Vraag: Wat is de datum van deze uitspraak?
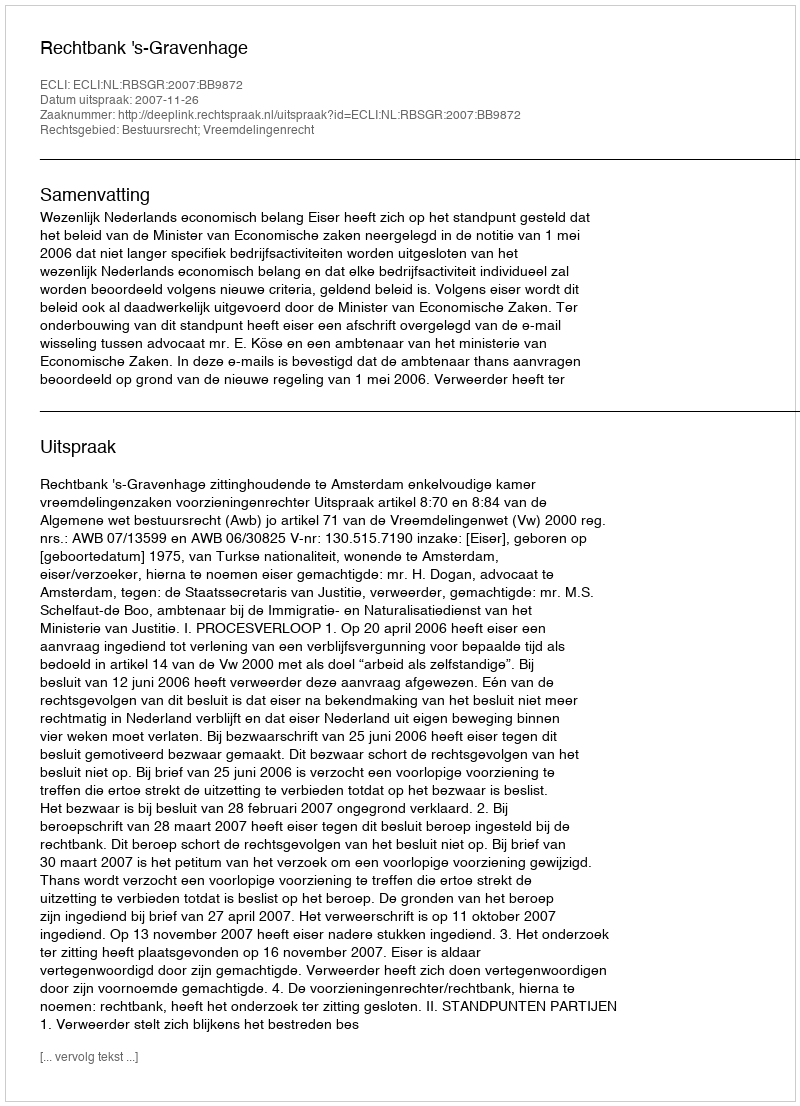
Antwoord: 2007-11-26